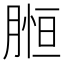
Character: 𦞌